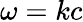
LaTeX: \omega=kc